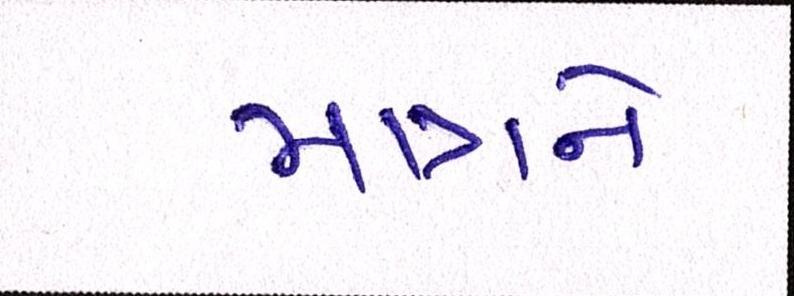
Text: માત્રને